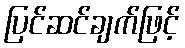
ပြင်ဆင်ချက်ဖြင့်